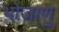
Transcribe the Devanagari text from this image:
भोजाणु